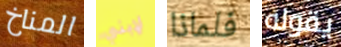
المناخ لإبني فلماذا يقوله